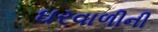
ઘરવાળીની